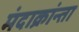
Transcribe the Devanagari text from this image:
मंदाक्रांन्ता